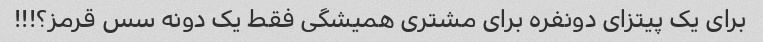
برای یک پیتزای دونفره برای مشتری همیشگی فقط یک دونه سس قرمز؟!!!